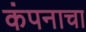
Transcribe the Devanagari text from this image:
कंपनाचा